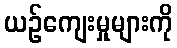
ယဉ်ကျေးမှုများကို